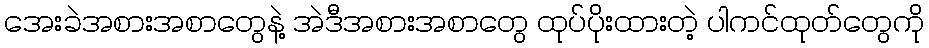
အေးခဲအစားအစာတွေနဲ့ အဲဒီအစားအစာတွေ ထုပ်ပိုးထားတဲ့ ပါကင်ထုတ်တွေကို